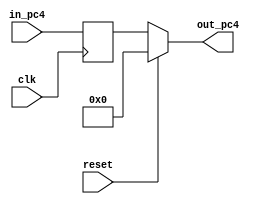
`timescale 1ns / 1ps

module pc_4(in_pc4,clk,reset,out_pc4);

input wire [31:0] in_pc4;  
input wire clk;
input reset;
output reg [31:0] out_pc4;

reg [31:0] auxiliar;

always @(posedge clk)
       begin
        auxiliar = in_pc4;
       end
       
always @*
begin
 if(reset == 0)
       begin
            out_pc4 = auxiliar;
       end
    else 
       begin
            out_pc4 = 32'h0;
       end
end
//assign out_pc4=auxiliar;

//always @*
//     begin
//       if (reset == 1)
//        begin
//            auxiliar = 32'h0;
//        end
//      end
//
//always @(posedge clk)
//        begin 
//	       auxiliar = in_pc4;
//        end
endmodule